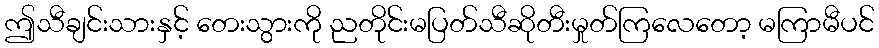
ဤသီချင်းသားနှင့် တေးသွားကို ညတိုင်းမပြတ်သီဆိုတီးမှုတ်ကြလေတော့ မကြာမီပင်